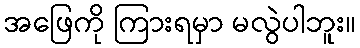
အဖြေကို ကြားရမှာ မလွဲပါဘူး။